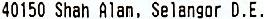
40150 SHAH ALAN, SELANGOR D.E.